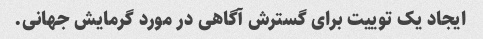
ایجاد یک توییت برای گسترش آگاهی در مورد گرمایش جهانی.